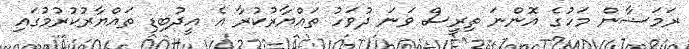
ރަމަޟާން މަހުގެ އޮންނަ ތިރީސް ވަނަ ދުވަހު ތައްޔާރުކުރާ އެ އީދުބިޑި ތައްޔާރުކުރުމުގައި